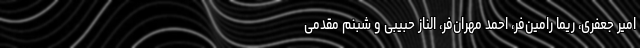
امیر جعفری، ریما رامین‌فر، احمد مهران‌فر، الناز حبیبی و شبنم مقدمی